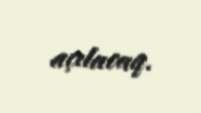
açılacaq.